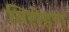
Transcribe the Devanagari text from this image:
तिरोहण